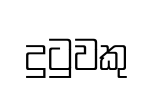
දුටුවකු